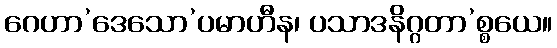
ဂေဟာ’ဒေသော’ပမာဟီန၊ ပသာဒနိဂ္ဂတာ’စ္စယေ။